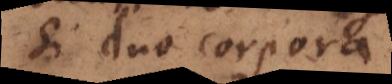
si duo corpora